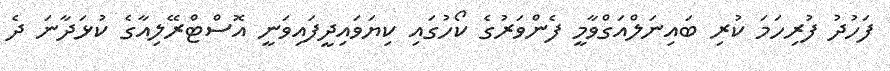
ފަހުދު ފުރިހަމަ ކުރި ބައިނަލްއަގްވާމީ ފެންވަރުގެ ކޯހުގައި ކިޔަވައިދީފައިވަނީ އޮސްޓްރޭލިއާގެ ކުޅަދާނަ ދެ